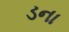
ડના